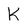
Character: k